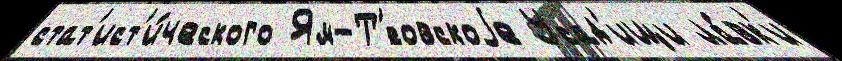
стат'ист'и́ческого Ям-Т'́совскоjе Усад'ищи ла́вк'и